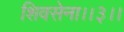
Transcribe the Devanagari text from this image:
शिवसेना।।३।।